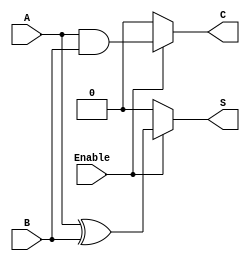
module Conditional_Half_Adder (
    input wire A,        // First input
    input wire B,        // Second input
    input wire Enable,   // Control signal
    output wire S,       // Sum output
    output wire C        // Carry output
);

    // Combinational logic for the Conditional Half-Adder
    assign S = Enable ? (A ^ B) : 1'b0;  // Sum: A XOR B when Enable is high, else 0
    assign C = Enable ? (A & B) : 1'b0;  // Carry: A AND B when Enable is high, else 0

endmodule